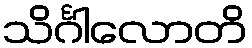
သိင်္ဂါလောတိ